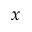
x